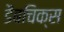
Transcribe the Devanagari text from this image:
डैबचिक्स